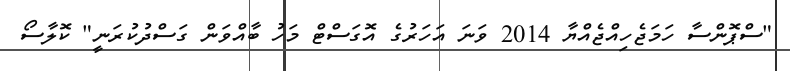
"ސްޕޮންސާ ހަމަޖެހިއްޖެއްޔާ 2014 ވަނަ އަހަރުގެ އޮގަސްޓް މަހު ބާއްވަން ގަސްދުކުރަނީ" ކޮލާސޯ